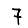
Digit: 7